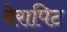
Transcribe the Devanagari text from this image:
बेरापिट